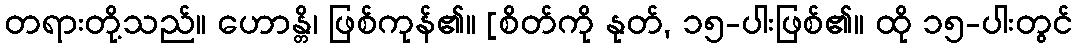
တရားတို့သည်။ ဟောန္တိ၊ ဖြစ်ကုန်၏။ [စိတ်ကို နုတ်, ၁၅-ပါးဖြစ်၏။ ထို ၁၅-ပါးတွင်